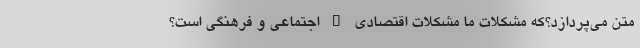
متن می‌پردازد؟که مشکلات ما مشکلات اقتصادی – اجتماعی و فرهنگی است؟